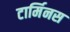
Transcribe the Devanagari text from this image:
टार्मिनस